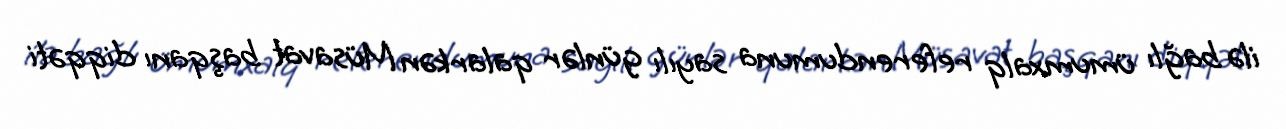
ilə bağlı ümumxalq referendumuna sayılı günlər qalarkən Müsavat başqanı diqqəti